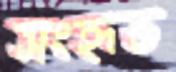
সংহৃত